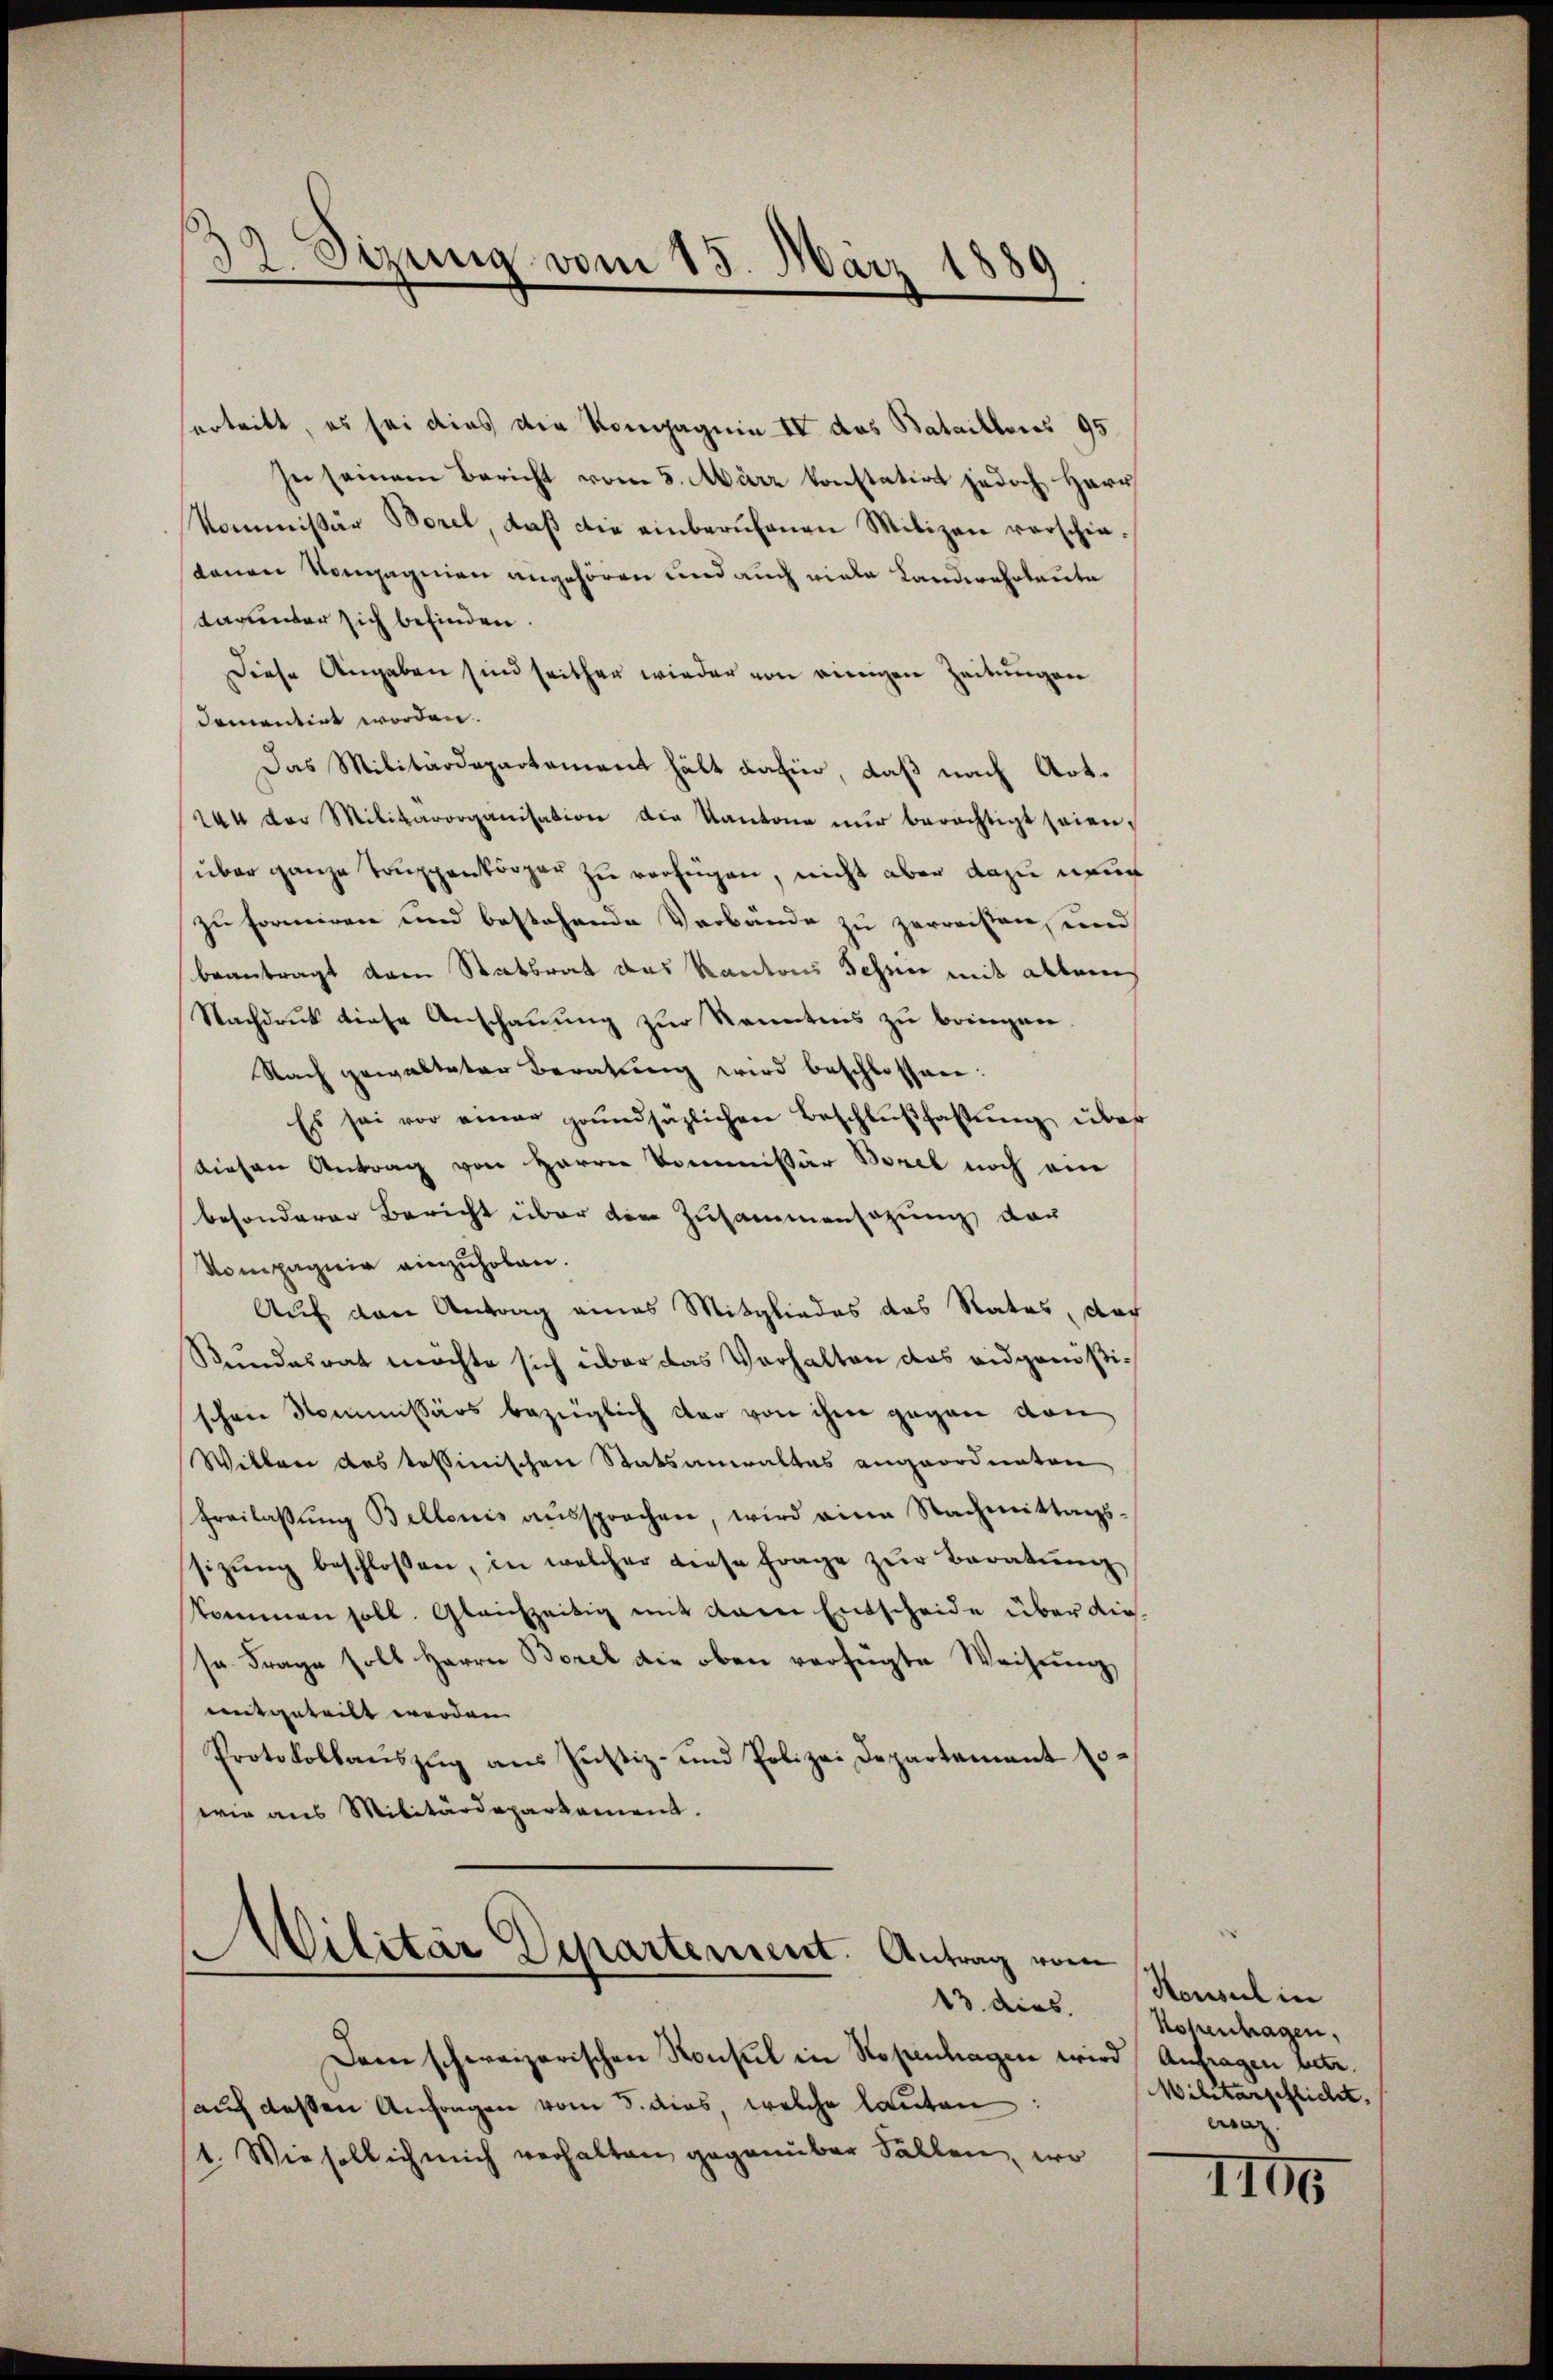
32. Sizung vom 15. März 188,
9

ertritt, es sei dies die Kompagnia IV des Bataillonis 95
se seinem Bericht vom 5. März konstation jedoch Herr
Kommissär Borel, daß die einberufenen Milizei verschiedenen Vompagnien angehören und auch viele Landwehrleute
tagunder sich befinden.
Diese Angaben sind seither wieder von einigen Zeitungen
domentirt worden.
Das Militärdepartement hält dahin, daß nach Art.
244 der Militärorganisation die Kantone nŭr berechtigt seien.
über ganze Truppenkörper zu verfügen, nicht aber dazu neue
zu formiren und bestehende Verbände zu zerreisten, und
beantragt der Statsrat das Kantons Schen mit allem
Nachdruck diese Anschauung zur Kenntnis zu bringen.
Nach gewalteter Beratung wird beschlossen:
Es sei vor einer grundsäzlichen Beschlŭβfassŭng über
diesen Antrag von Harrer Kommissär Borel noch ei
besonderer Bericht über den Zusammensatzung dar
Kompagnie einzuholen.
Auf den Antrag eines Mitgliedes das Rates, doch
Stundesrat möchte sich über das Verhalten das eidgenößischen Kommissärs bezüglich der von ihm gegen von
Willen das tessinischen Statsanwaltes angeordneten
Freilassŭng Bellenis aussprochen, wird eine Nachmittags-
sizŭng beschlossen, in welcher diese Frage zŭr Beratŭng
kommen soll. Gleichzeitig mit dem Entscheide über dieso Frage soll Herrn Borel die oben verfügte Weihnŭng
eitgeteilt werden |
Protokollaŭszŭg ans Justiz- und Polizei Departement so-
wie aus Militärdeparkament.

e
Wilitär Departement. Antrag vom
13. dies

Dem schweizerischen Konsul in Kopenhagen wi
aŭf dessen Anfragen vom 5. dies, welche lauten:
1. Wie soll ich mich verhalten gegenüber Fällen, wo

Honsul in
Hohentragen,
od Antragen betr.
Militärpflicht.
wag

4105